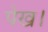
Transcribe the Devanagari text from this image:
पेख।